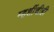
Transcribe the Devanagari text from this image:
म्हशींचीही